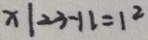
x \vert 2 3 - 1 6 = 1 ^ { 2 }